Report of the Indian Hemp Drugs Commission, 1894-1895 - Volume I
Year: 1894
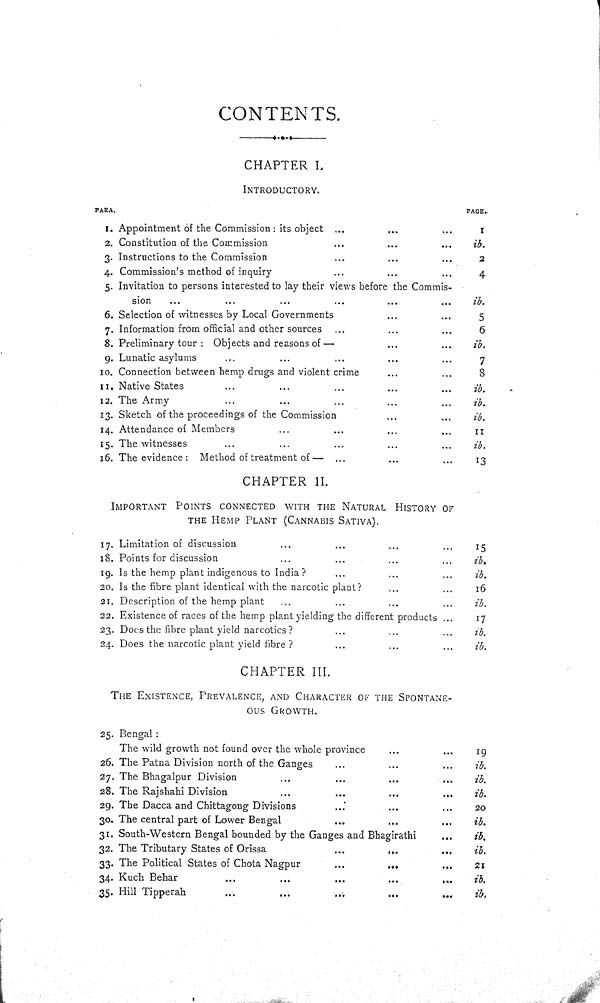
CONTENTS.
CHAPTER I.
INTRODUCTORY.
PARA.
PAGE.
1. Appointment of the Commission : its object
1
2. Constitution of the Commission
ib.
3. Instructions to the Commission
2
4. Commission's method of inquiry
4
5. Invitation to persons interested to lay their views before the Commis-
sion
ib.
6. Selection of witnesses by Local Governments
5
7. Information from official and other sources
6
8. Preliminary tour : Objects and reasons of —
ib.
9. Lunatic asylums
7
10. Connection between hemp drugs and violent crime
8
11. Native States
ib.
12. The Army
ib.
13. Sketch of the proceedings of the Commission
ib.
14. Attendance of Members
11
15. The witnesses
ib.
16. The evidence : Method of treatment of—
13
CHAPTER II.
IMPORTANT POINTS CONNECTED WITH THE NATURAL HISTORY OF
THE HEMP PLANT (CANNABIS SATIVA).
17. Limitation of discussion
15
18. Points for discussion
ib.
19. Is the hemp plant indigenous to India?
ib.
20. Is the fibre plant identical with the narcotic plant?
16
21. Description of the hemp plant
ib.
22. Existence of races of the hemp plant yielding the different products .,
17
23. Does the fibre plant yield narcotics ?
ib.
24. Does the narcotic plant yield fibre ?
ib.
CHAPTER III.
THE EXISTENCE, PREVALANCE, AND CHARACTER OF THE SPONTANE-
---
GROWTH.
25. Bengal :
The wild growth not found over the whole province
19
26. The Patna Division north of the Ganges
ib.
27. The Bhagalpur Division
ib.
28. The Rajshahi Division
ib.
29. The Dacca and Chittagong Divisions
20
30. The central part of Lower Bengal
ib.
31. South-Western Bengal bounded by the Ganges and Bhagirathi
ib.
32. The Tributary States of Orissa
ib.
33. The Political States of Chota Nagpur
21
34. Kuch Behar
ib.
35. Hill Tipperah
ib.